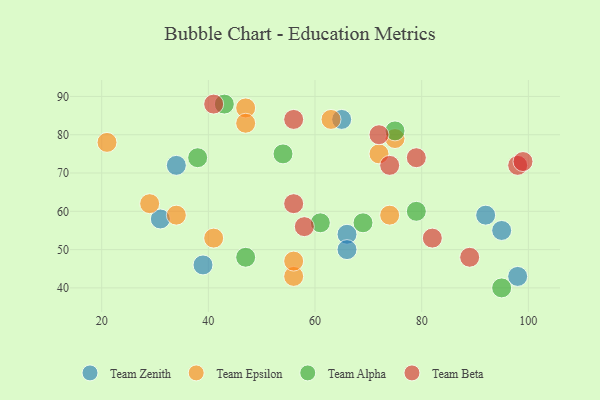
{"axis": {"x": "GDP", "y": "Life Expectancy"}, "legend": ["Team Alpha", "Team Beta", "Team Epsilon", "Team Zenith"], "data": [{"x": "39", "y": 46, "type": "Team Zenith"}, {"x": "95", "y": 55, "type": "Team Zenith"}, {"x": "98", "y": 43, "type": "Team Zenith"}, {"x": "34", "y": 72, "type": "Team Zenith"}, {"x": "31", "y": 58, "type": "Team Zenith"}, {"x": "92", "y": 59, "type": "Team Zenith"}, {"x": "66", "y": 54, "type": "Team Zenith"}, {"x": "65", "y": 84, "type": "Team Zenith"}, {"x": "66", "y": 50, "type": "Team Zenith"}, {"x": "56", "y": 43, "type": "Team Epsilon"}, {"x": "72", "y": 75, "type": "Team Epsilon"}, {"x": "29", "y": 62, "type": "Team Epsilon"}, {"x": "47", "y": 87, "type": "Team Epsilon"}, {"x": "63", "y": 84, "type": "Team Epsilon"}, {"x": "75", "y": 79, "type": "Team Epsilon"}, {"x": "56", "y": 47, "type": "Team Epsilon"}, {"x": "74", "y": 59, "type": "Team Epsilon"}, {"x": "41", "y": 53, "type": "Team Epsilon"}, {"x": "47", "y": 83, "type": "Team Epsilon"}, {"x": "34", "y": 59, "type": "Team Epsilon"}, {"x": "21", "y": 78, "type": "Team Epsilon"}, {"x": "79", "y": 60, "type": "Team Alpha"}, {"x": "47", "y": 48, "type": "Team Alpha"}, {"x": "75", "y": 81, "type": "Team Alpha"}, {"x": "38", "y": 74, "type": "Team Alpha"}, {"x": "43", "y": 88, "type": "Team Alpha"}, {"x": "69", "y": 57, "type": "Team Alpha"}, {"x": "54", "y": 75, "type": "Team Alpha"}, {"x": "95", "y": 40, "type": "Team Alpha"}, {"x": "61", "y": 57, "type": "Team Alpha"}, {"x": "41", "y": 88, "type": "Team Beta"}, {"x": "56", "y": 84, "type": "Team Beta"}, {"x": "58", "y": 56, "type": "Team Beta"}, {"x": "74", "y": 72, "type": "Team Beta"}, {"x": "72", "y": 80, "type": "Team Beta"}, {"x": "89", "y": 48, "type": "Team Beta"}, {"x": "98", "y": 72, "type": "Team Beta"}, {"x": "99", "y": 73, "type": "Team Beta"}, {"x": "56", "y": 62, "type": "Team Beta"}, {"x": "82", "y": 53, "type": "Team Beta"}, {"x": "79", "y": 74, "type": "Team Beta"}]}